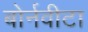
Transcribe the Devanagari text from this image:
बोर्नवीटा